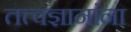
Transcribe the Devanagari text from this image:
तत्त्वज्ञानांना